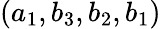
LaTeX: (a_{1},b_{3},b_{2},b_{1})